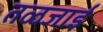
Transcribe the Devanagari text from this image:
तळजाई